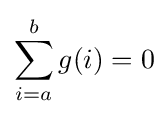
\sum _{i=a}^{b}g(i)=0